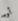
أوه